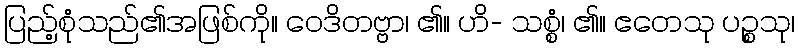
ပြည့်စုံသည်၏အဖြစ်ကို။ ဝေဒိတဗ္ဗာ၊ ၏။ ဟိ- သစ္စံ၊ ၏။ ဧတေသု ပဉ္စသု၊